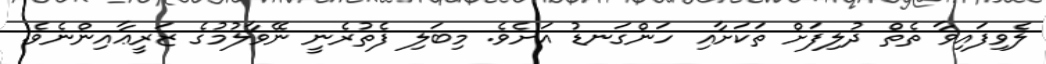
ލެވިފައިވާ ތެތް ދުލިފަށް ތަކަށާއި ހަންގަނޑު އަށެވެ. މިބަލި ފެތުރެނީ ނޭވާލުމުގެ ޒަރީޢާއިންނެވެ.